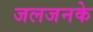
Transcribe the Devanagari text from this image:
जलजनके